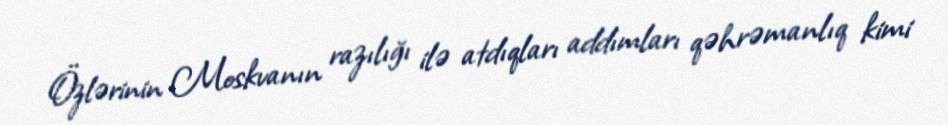
Özlərinin Moskvanın razılığı ilə atdıqları addımları qəhrəmanlıq kimi